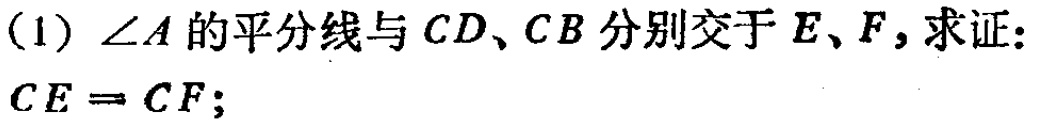
(1) \(\angle A\)的平分线与\(CD\)、\(CB\)分别交于\(E\)、\(F\)，求证：\(CE = CF\)；